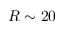
R \sim 2 0